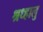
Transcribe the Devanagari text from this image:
श्रध्हालु